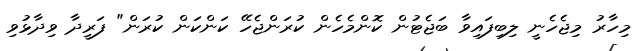
މިހާރު މިޖެހެނީ ލިބިފައިވާ ބަޖެޓުން ކޮންމެހެން ކުރަންޖެހޭ ކަންކަން ކުރަން" ފަރީދާ ވިދާޅުވި